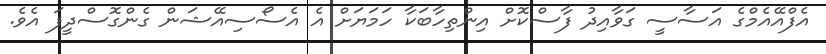
އެފްްއޭއެމްގެ އަސާސީ ގަވާއިދު ފާސްކޮށް އިންތިހާބަކާ ހަމަޔަށް އެ އެސޯސިއޭޝަން ގެންގޮސްދީފަ އެވެ.